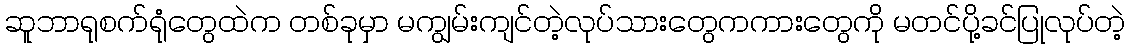
ဆူဘာရုစက်ရုံတွေထဲက တစ်ခုမှာ မကျွမ်းကျင်တဲ့လုပ်သားတွေကကားတွေကို မတင်ပို့ခင်ပြုလုပ်တဲ့